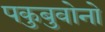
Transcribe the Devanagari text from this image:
पकुबुवोनो